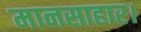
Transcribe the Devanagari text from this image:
मानसाहार।